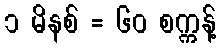
၁ မိနစ် = ၆၀ စက္ကန့်